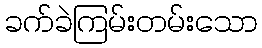
ခက်ခဲကြမ်းတမ်းသော